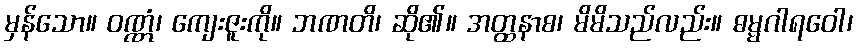
မှန်သော။ ဝဏ္ဏံ၊ ကျေးဇူးကို။ ဘဏတိ၊ ဆို၏။ အတ္ထနာစ၊ မိမိသည်လည်း။ ဓမ္မဂါရဝေါ၊